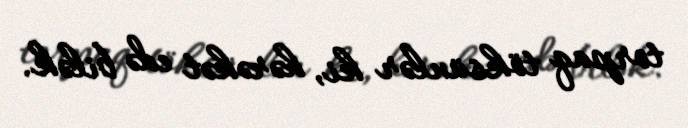
torpaq töksünlər ki, hərəkət edə bilək.